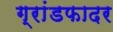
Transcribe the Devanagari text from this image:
ग्रांडफादर